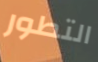
التطور